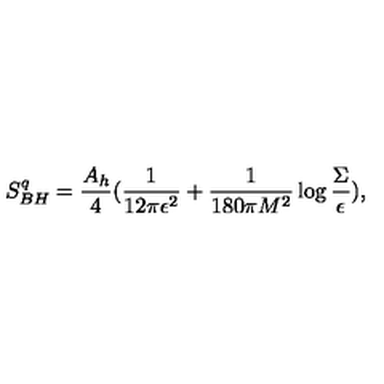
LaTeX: S _ { B H } ^ { q } = { \frac { A _ { h } } { 4 } } ( { \frac { 1 } { 1 2 \pi \epsilon ^ { 2 } } } + { \frac { 1 } { 1 8 0 \pi M ^ { 2 } } } \log { \frac { \Sigma } { \epsilon } } ) ,